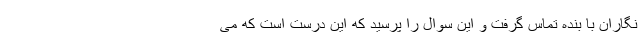
نگاران با بنده تماس گرفت و این سوال را پرسید که این درست است که می